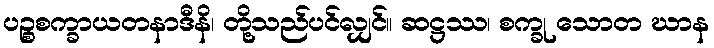
ပဉ္စစက္ခာယတနာဒီနိ၊ တို့သည်ပင်လျှင်။ ဆဋ္ဌဿ၊ စက္ခု သောတ ဃာန